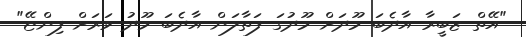
"އޭތް ޒަބީރާ އާދެބަ މޫދަށް މޫދުގަ ފަތާލަން އާދެބަ މޫދު ވަރަށް ފިންޏޭ"